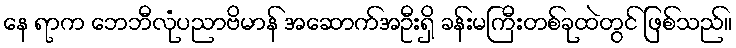
နေ ရာက ဘေဘီလုံပညာဗိမာန် အဆောက်အဦးရှိ ခန်းမကြီးတစ်ခုထဲတွင် ဖြစ်သည်။